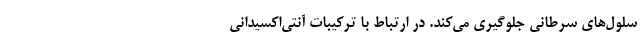
سلول‌های سرطانی جلوگیری می‌کند. در ارتباط با ترکیبات آنتی‌اکسیدانی